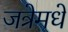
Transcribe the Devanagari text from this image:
जत्रेमधे